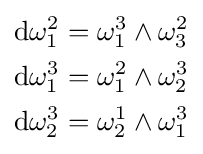
{\begin{aligned}\mathrm {d} \omega _{1}^{2}&=\omega _{1}^{3}\wedge \omega _{3}^{2}\\\mathrm {d} \omega _{1}^{3}&=\omega _{1}^{2}\wedge \omega _{2}^{3}\\\mathrm {d} \omega _{2}^{3}&=\omega _{2}^{1}\wedge \omega _{1}^{3}\end{aligned}}